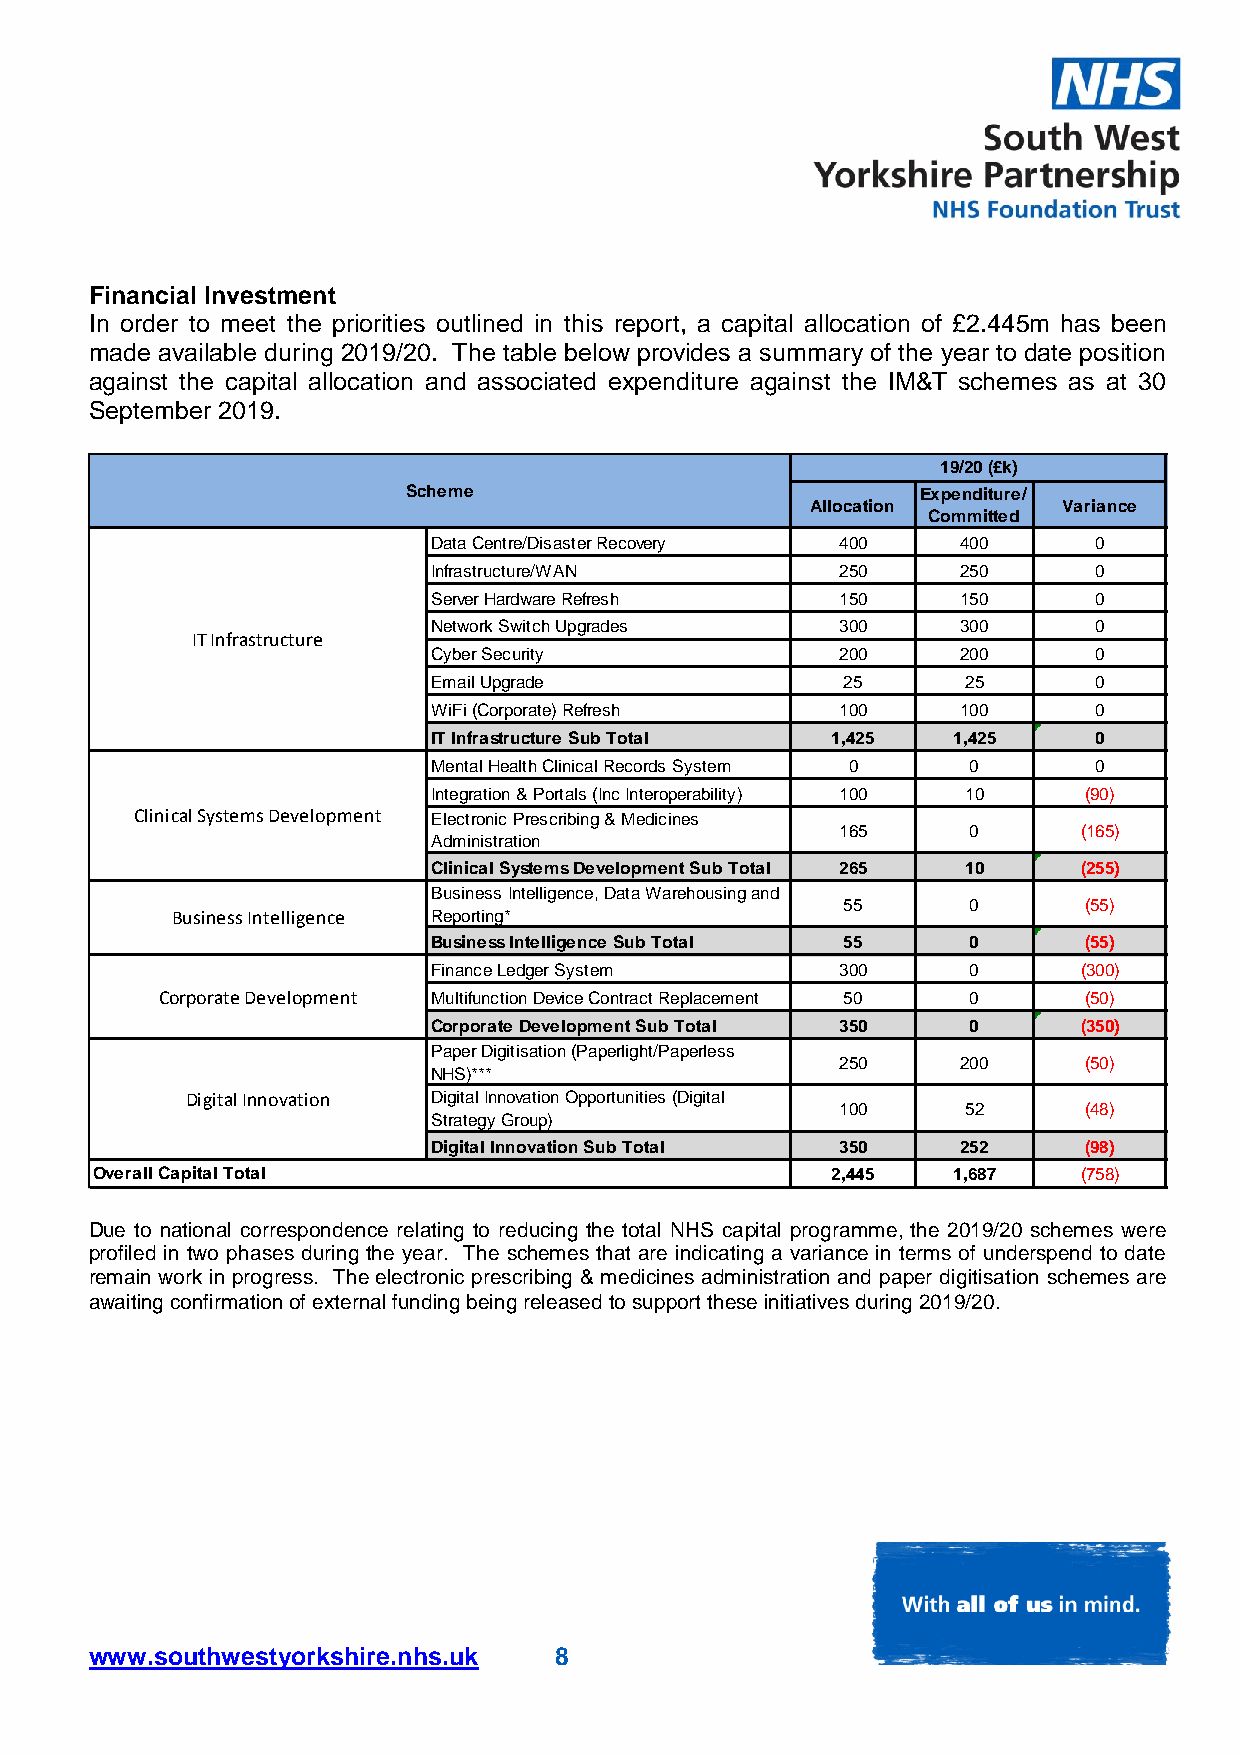
Financial Investment
 In order to meet the priorities outlined in this report, a capital allocation of £2.445m has been
 made available during 2019/20. The table below provides a summary of the year to date position
 against the capital allocation and associated expenditure against the IM&T schemes as at 30
 September 2019.
 19/20 (£k)
 Scheme                            Expenditure/
 Allocation      Variance
 Committed
 Data Centre/Disaster Recovery 400  400     0
 Infrastructure/WAN         250     250     0
 Server Hardware Refresh    150     150     0
 Network Switch Upgrades    300     300     0
 IT Infrastructure
 Cyber Security             200     200     0
 Email Upgrade              25      25      0
 WiFi (Corporate) Refresh   100     100     0
 IT Infrastructure Sub Total 1,425 1,425    0
 Mental Health Clinical Records System 0 0  0
 Integration & Portals (Inc Interoperability) 100 10 (90)
 Clinical Systems Development Electronic Prescribing & Medicines
 165     0       (165)
 Administration
 Clinical Systems Development Sub Total 265 10 (255)
 Business Intelligence, Data Warehousing and
 55      0       (55)
 Business Intelligence Reporting*
 Business Intelligence Sub Total 55 0       (55)
 Finance Ledger System      300     0       (300)
 Corporate Development Multifunction Device Contract Replacement 50 0 (50)
 Corporate Development Sub Total 350 0      (350)
 Paper Digitisation (Paperlight/Paperless
 250     200     (50)
 NHS)***
 Digital Innovation Digital Innovation Opportunities (Digital
 100     52      (48)
 Strategy Group)
 Digital Innovation Sub Total 350   252     (98)
 Overall Capital Total                            2,445   1,687    (758)
 Due to national correspondence relating to reducing the total NHS capital programme, the 2019/20 schemes were
 profiled in two phases during the year. The schemes that are indicating a variance in terms of underspend to date
 remain work in progress. The electronic prescribing & medicines administration and paper digitisation schemes are
 awaiting confirmation of external funding being released to support these initiatives during 2019/20.
 www.southwestyorkshire.nhs.uk  8